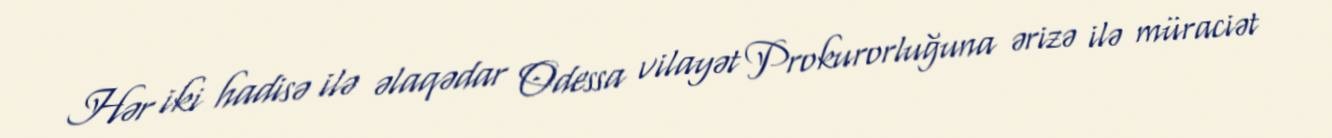
Hər iki hadisə ilə əlaqədar Odessa vilayət Prokurorluğuna ərizə ilə müraciət